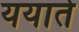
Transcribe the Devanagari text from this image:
ययाते